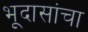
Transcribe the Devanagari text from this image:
भूदासांचा